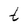
Character: t